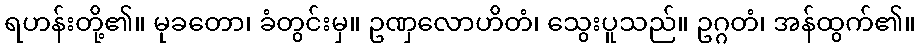
ရဟန်းတို့၏။ မုခတော၊ ခံတွင်းမှ။ ဥဏှလောဟိတံ၊ သွေးပူသည်။ ဥဂ္ဂတံ၊ အန်ထွက်၏။